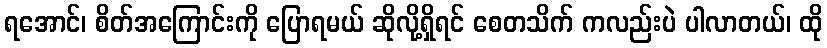
ရအောင်၊ စိတ်အကြောင်းကို ပြောရမယ် ဆိုလို့ရှိရင် စေတသိက် ကလည်းပဲ ပါလာတယ်၊ ထို